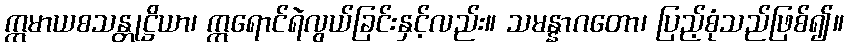
ဣမာယစသန္တုဋ္ဌိယာ၊ ဣရောင်ရဲလွယ်ခြင်းနှင့်လည်း။ သမန္နာဂတော၊ ပြည့်စုံသည်ဖြစ်၍။